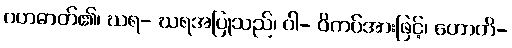
ဂဟဓာတ်၏၊ ဃရ- ဃရအပြုသည်၊ ဝါ- ဝိကပ်အားဖြင့်၊ ဟောတိ-